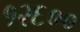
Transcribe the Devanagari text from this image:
१२६००